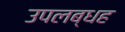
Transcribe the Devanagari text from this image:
उपलब्धह